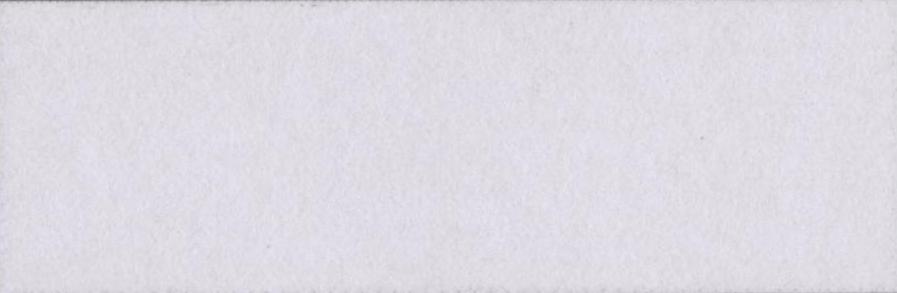
कंप्यूटरों